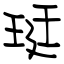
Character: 珽